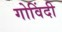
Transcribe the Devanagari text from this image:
गोविंदी